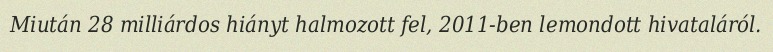
Miután 28 milliárdos hiányt halmozott fel, 2011-ben lemondott hivataláról.